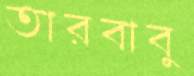
তারবাবু